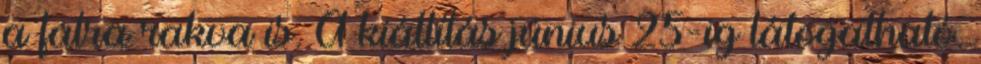
a falra rakva is. A kiállítás június 25-ig látogatható.